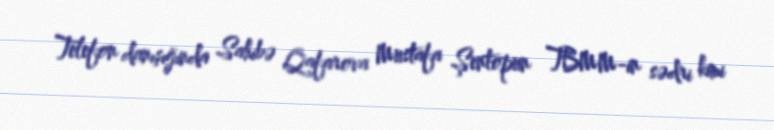
Telefon danışığında Sahibə Qafarova Mustafa Şentopun TBMM-in sədri kimi